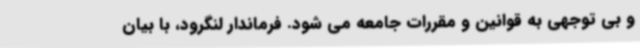
و بی توجهی به قوانین و مقررات جامعه می شود. فرماندار لنگرود، با بیان